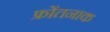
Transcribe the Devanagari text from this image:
फ्रोंतनाक